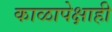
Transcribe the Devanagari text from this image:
काळापेक्षाही